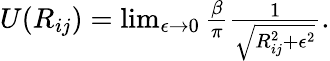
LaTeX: \begin{array}{r}{U(R_{ij})=\operatorname*{lim}_{\epsilon\rightarrow 0}\frac{\beta}{\pi}\frac{1}{\sqrt{R_{ij}^{2}+\epsilon^{2}}}.}\end{array}